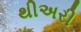
થીઅરી